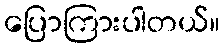
ပြောကြားပါတယ်။